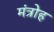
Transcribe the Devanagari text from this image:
मंत्रोह